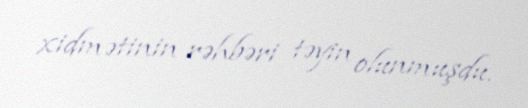
xidmətinin rəhbəri təyin olunmuşdu.